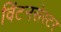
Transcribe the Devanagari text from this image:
विंटनसेस्टर